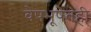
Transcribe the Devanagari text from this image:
वेषभूषेतही